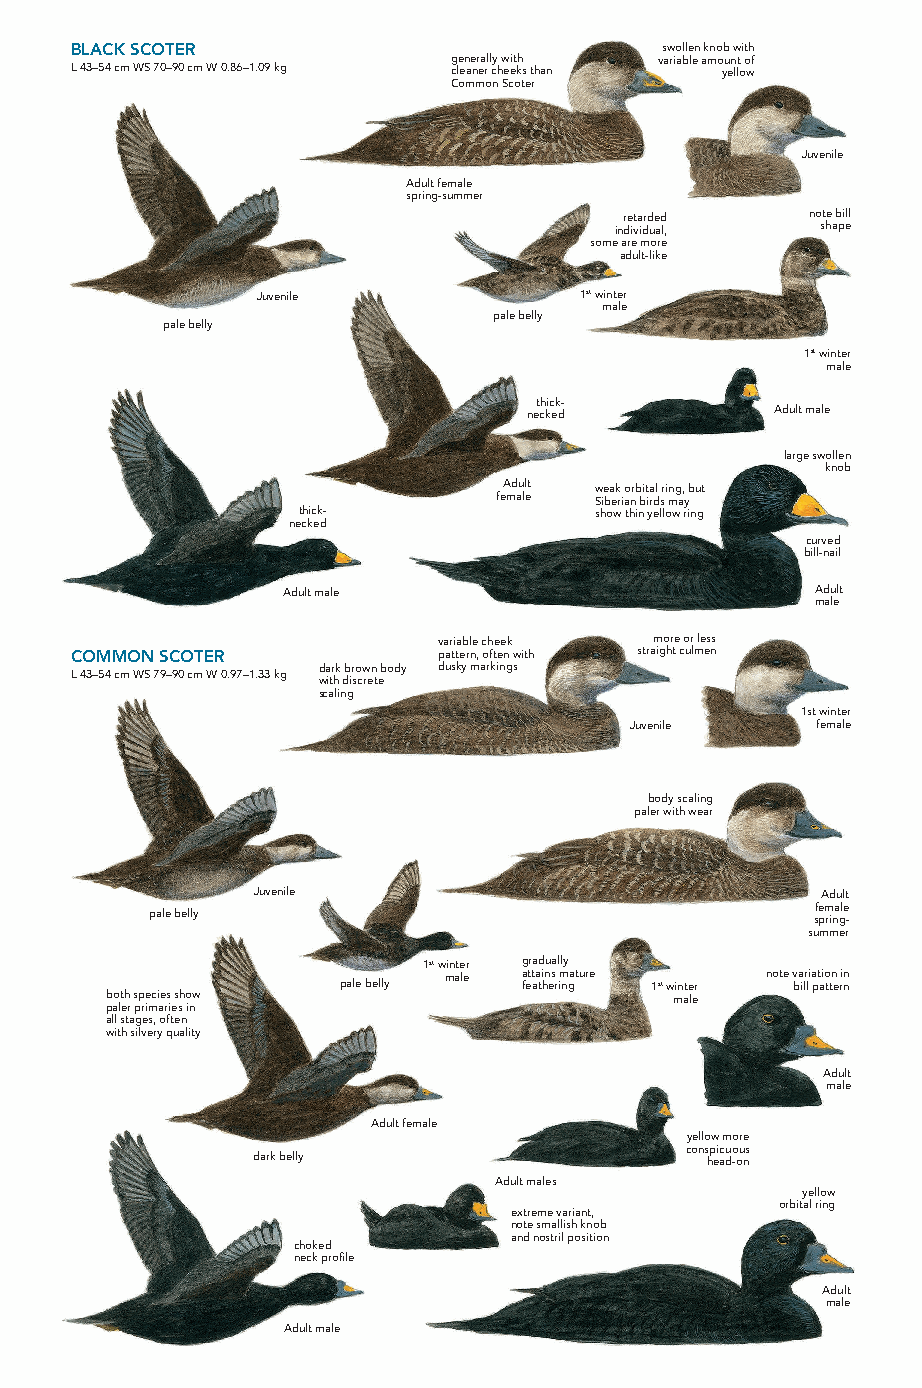
BLACK SCOTER                           swollen knob with
 generally with variable amount of
 L 43–54 cm WS 70–90 cm W 0.86–1.09 kg cleaner cheeks than yellow
 Common Scoter
 Juvenile
 Adult female
 spring-summer
 retarded     note bill
 individual,  shape
 some are more
 adult-like
 Juvenile             1st winter
 male
 pale belly
 pale belly
 1st winter
 male
 thick-
 necked          Adult male
 large swollen
 knob
 Adult weak orbital ring, but
 female Siberian birds may
 thick-             show thin yellow ring
 necked
 curved
 bill-nail
 Adult male                         Adult
 male
 variable cheek more or less
 COMMON SCOTER           pattern, often with straight culmen
 L 43–54 cm WS 79–90 cm W 0.97–1.33 kg dark brown body dusky markings
 with discrete
 scaling
 1st winter
 Juvenile    female
 body scaling
 paler with wear
 Juvenile                             Adult
 female
 pale belly                                  spring-
 summer
 1st winter gradually
 pale belly male a fett aa ti hn es r im ngature 1st winter note v ba ilr l ia pt aio ttn e ri nn
 both species show                     male
 paler primaries in
 all stages, often
 with silvery quality
 Adult
 male
 Adult female
 yellow more
 conspicuous
 dark belly                    head-on
 Adult males
 yellow
 orbital ring
 extreme variant,
 note smallish knob
 and nostril position
 choked
 neck profile
 Adult
 male
 Adult male